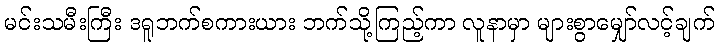
မင်းသမီးကြီး ဒရူဘက်စကားယား ဘက်သို့ကြည့်ကာ လူနာမှာ များစွာမျှော်လင့်ချက်